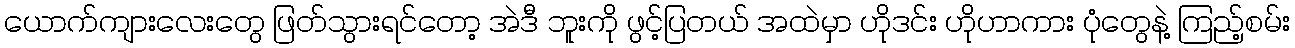
ယောက်ကျားလေးတွေ ဖြတ်သွားရင်တော့ အဲဒီ ဘူးကို ဖွင့်ပြတယ် အထဲမှာ ဟိုဒင်း ဟိုဟာကား ပုံတွေနဲ့ ကြည့်စမ်း